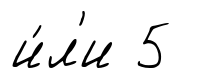
и́л'и 5